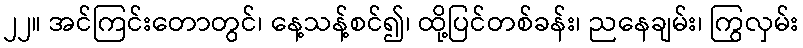
၂၂။ အင်ကြင်းတောတွင်၊ နေ့သန့်စင်၍၊ ထို့ပြင်တစ်ခန်း၊ ညနေချမ်း၊ ကြွလှမ်း